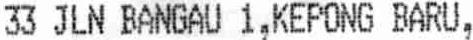
33 JLN BANGAU 1,KEPONG BARU,